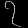
Digit: ၇